Report on enteric fever
Disease focus: Fever
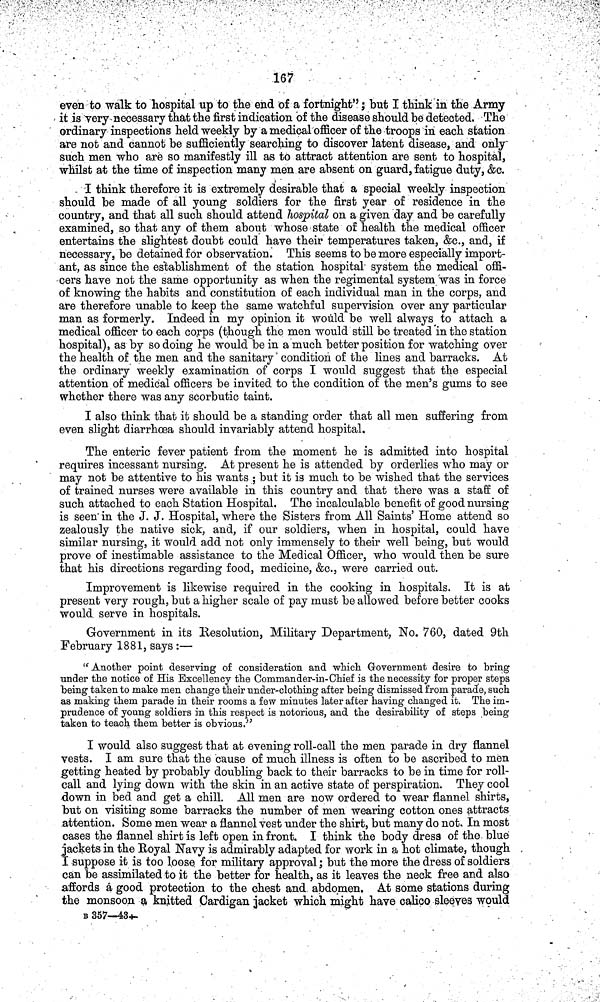
167
even to walk to hospital up to the end of a fortnight"; but I think in the Army
it is very necessary that the first indication of the disease should be detected, The
ordinary inspections held weekly by a medical officer of the troops in each station
are not and cannot be sufficiently searching to discover latent disease, and only
such men who are so manifestly ill as to attract attention are sent to hospital,
whilst at the time of inspection many men are absent on guard, fatigue duty, &c.
I think therefore it is extremely desirable that a special weekly inspection
should be made of all young soldiers for the first year of residence in the
country, and that all such should attend hospital on a given day and be carefully
examined, so that any of them about whose state of health the medical officer
entertains the slightest doubt could have their temperatures taken, &c., and, if
necessary, be detained for observation. This seems to be more especially import-
ant, as since the establishment of the station hospital system the medical offi-
cers have not the same opportunity as when the regimental system was in force
of knowing the habits and constitution of each individual man in the corps, and
are therefore unable to keep the same watchful supervision over any particular
man as formerly. Indeed in my opinion it would be well always to attach a
medical officer to each corps (though the men would still be treated in the station
hospital), as by so doing he would be in a much better position for watching over
the health of the men and the sanitary condition of the lines and barracks. At
the ordinary weekly examination of corps I would suggest that the especial
attention of medical officers be invited to the condition of the men's gums to see
whether there was any scorbutic taint.
I also think that it should be a standing order that all men suffering from
even slight diarrhoea should invariably attend hospital,
The enteric fever patient from the moment he is admitted into hospital
requires incessant nursing. At present he is attended by orderlies who may or
may not be attentive to his wants ; but it is much to be wished that the services
of trained nurses were available in this country and that there was a staff of
such attached to each Station Hospital. The incalculable benefit of good nursing
is seen in the J. J. Hospital, where the Sisters from All Saints' Home attend so
zealously the native sick, and, if our soldiers, when in hospital, could have
similar nursing, it would add not only immensely to their well being, but would
prove of inestimable assistance to the Medical Officer, who would then be sure
that his directions regarding food, medicine, &c., were carried out.
Improvement is likewise required in the cooking in hospitals. It is at
present very rough, but a higher scale of pay must be allowed before better cooks
would serve in hospitals.
Government in its Resolution, Military Department, No. 760, dated 9th
February 1881, says :—
"Another point deserving of consideration and which Government desire to bring
under the notice of His Excellency the Commander-in-Chief is the necessity for proper steps
being taken to make men change their under-clothing after being dismissed from parade, such
as making them parade in their rooms a few minutes later after having changed it. The im-
prudence of young soldiers in this respect is notorious, and the desirability of steps being
taken to teach them better is obvious."
I would also suggest that at evening roll-call the men parade in dry flannel
vests. I am sure that the cause of much illness is often to be ascribed to men
getting heated by probably doubling back to their barracks to be in time for roll-
call and lying down with the skin in an active state of perspiration. They cool
down in bed and get a chill. All men are now ordered to wear flannel shirts,
but on visiting some barracks the number of men wearing cotton ones attracts
attention. Some men wear a flannel vest under the shirt, but many do not. In most
cases the flannel shirt is left open in front. I think the body dress of the blue
jackets in the Royal Navy is admirably adapted for work in a hot climate, though
I suppose it is too loose for military approval; but the more the dress of soldiers
can be assimilated to it the better for health, as it leaves the neck free and also
affords a good protection to the chest and abdomen. At some stations during
the monsoon a knitted Cardigan jacket which might have calico sleeves would
B 357—43—